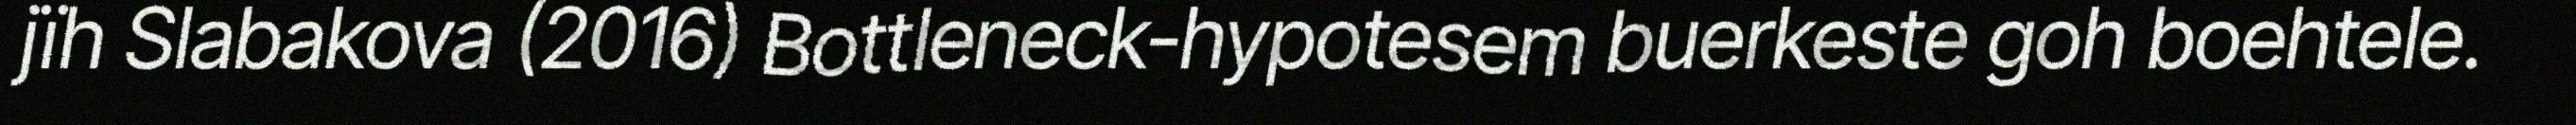
jïh Slabakova (2016) Bottleneck-hypotesem buerkeste goh boehtele.